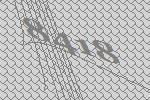
8418